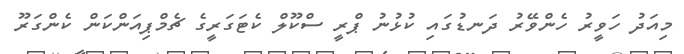
މިއަދު ހަވީރު ހެންވޭރު ދަނޑުގައި ކުޅުނު ޕްރީ ސްކޫލް ކެޓަގަރީގެ ޗެމްޕިއަންކަން ކެންގަރޫ